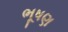
ભૂષણ